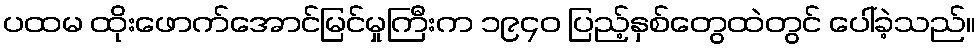
ပထမ ထိုးဖောက်အောင်မြင်မှုကြီးက ၁၉၄၀ ပြည့်နှစ်တွေထဲတွင် ပေါ်ခဲ့သည်။